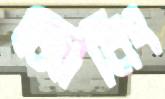
জোনিং